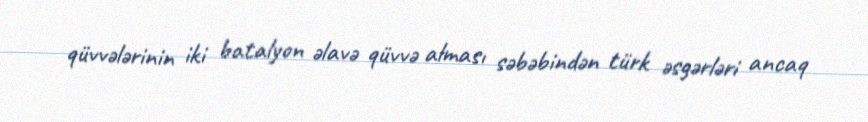
qüvvələrinin iki batalyon əlavə qüvvə alması səbəbindən türk əsgərləri ancaq